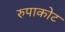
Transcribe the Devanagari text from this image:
रुपाकोट